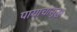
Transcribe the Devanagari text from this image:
पायाचासुद्धा